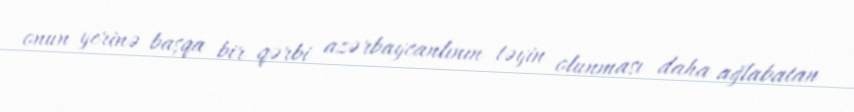
onun yerinə başqa bir qərbi azərbaycanlının təyin olunması daha ağlabatan